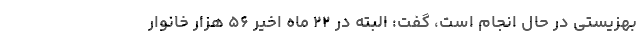
بهزیستی در حال انجام است، گفت: البته در ۲۲ ماه اخیر ۵۶ هزار خانوار